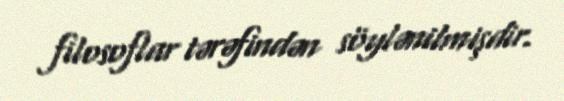
filosoflar tərəfindən söylənilmişdir.